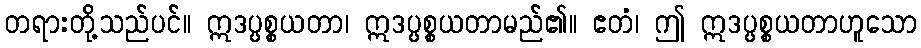
တရားတို့သည်ပင်။ ဣဒပ္ပစ္စယတာ၊ ဣဒပ္ပစ္စယတာမည်၏။ ဧတံ၊ ဤ ဣဒပ္ပစ္စယတာဟူသော